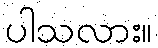
ပါသလား။